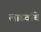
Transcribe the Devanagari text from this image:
लाडवांचे